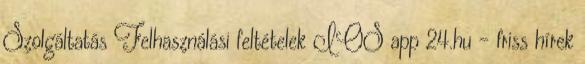
Szolgáltatás Felhasználási feltételek IOS app 24.hu - friss hírek